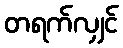
တရက်လျှင်